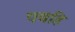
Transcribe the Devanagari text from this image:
पवहि